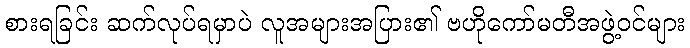
စားရခြင်း ဆက်လုပ်ရမှာပဲ လူအများအပြား၏ ဗဟိုကော်မတီအဖွဲ့ဝင်များ